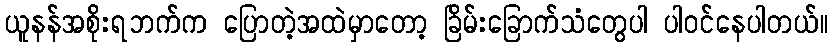
ယူနန်အစိုးရဘက်က ပြောတဲ့အထဲမှာတော့ ခြိမ်းခြောက်သံတွေပါ ပါဝင်နေပါတယ်။